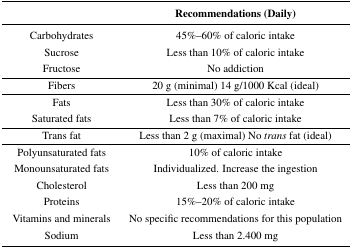
<table><thead><tr><td></td><td><b>Recommendations (Daily)</b></td></tr></thead><tbody><tr><td>Carbohydrates</td><td>45%–60% of caloric intake</td></tr><tr><td>Sucrose</td><td>Less than 10% of caloric intake</td></tr><tr><td>Fructose</td><td>No addiction</td></tr><tr><td>Fibers</td><td>20 g (minimal) 14 g/1000 Kcal (ideal)</td></tr><tr><td>Fats</td><td>Less than 30% of caloric intake</td></tr><tr><td>Saturated fats</td><td>Less than 7% of caloric intake</td></tr><tr><td>Trans fat</td><td>Less than 2 g (maximal) No<i>trans</i> fat (ideal)</td></tr><tr><td>Polyunsaturated fats</td><td>10% of caloric intake</td></tr><tr><td>Monounsaturated fats</td><td>Individualized. Increase the ingestion</td></tr><tr><td>Cholesterol</td><td>Less than 200 mg</td></tr><tr><td>Proteins</td><td>15%–20% of caloric intake</td></tr><tr><td>Vitamins and minerals</td><td>No specific recommendations for this population</td></tr><tr><td>Sodium</td><td>Less than 2.400 mg</td></tr></tbody></table>